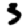
Digit: 3